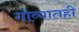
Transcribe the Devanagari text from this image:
गोव्यातही